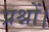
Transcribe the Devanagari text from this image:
प्रश्नों।